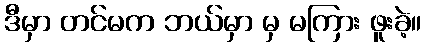
ဒီမှာ တင်မက ဘယ်မှာ မှ မကြား ဖူးခဲ့။